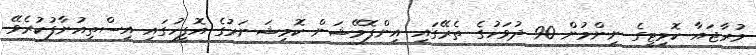
މުރާޖައާ ކޮމިޓީގެ ނިންމުން 90 ދުވަހުގެ ތެރޭގައި އިންފޮމޭޝަން ކޮމިޝަނަރުގެ އޮފީހުގައި އިސްތިއުނާފުކުރެވޭ